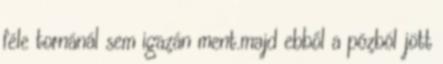
féle tornánál sem igazán ment.majd ebből a pózból jött